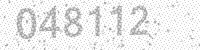
Solution: 048112